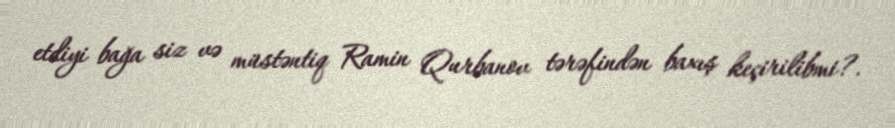
etdiyi bağa siz və müstəntiq Ramin Qurbanov tərəfindən baxış keçirilibmi?.